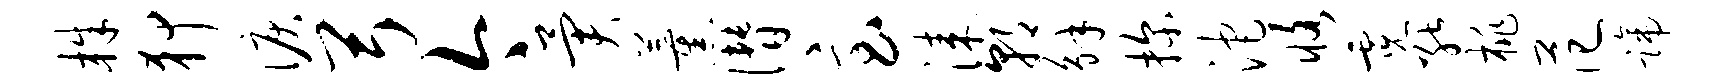
株狎泪弓今异薰僭急漆朝解探沱恪霓能桃范蹄